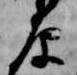
原